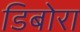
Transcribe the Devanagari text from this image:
डिबोरा